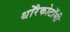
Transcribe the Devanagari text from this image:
थोरैकोटॉमी